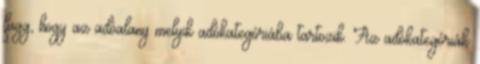
függ, hogy az adóalany melyik adókategóriába tartozik. Az adókategóriák